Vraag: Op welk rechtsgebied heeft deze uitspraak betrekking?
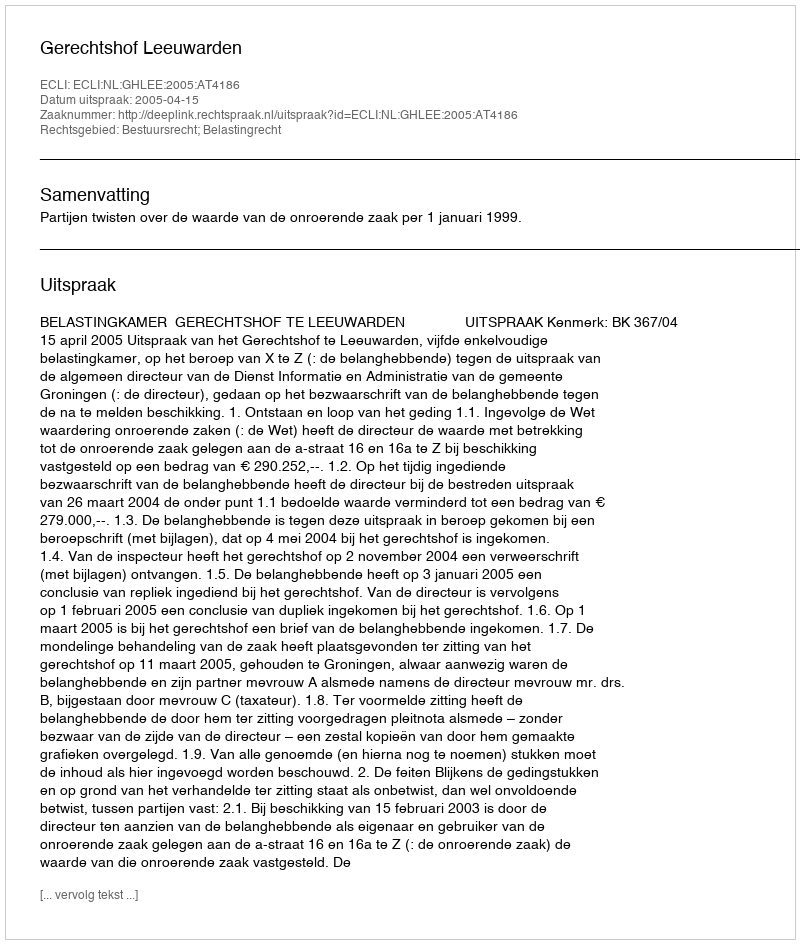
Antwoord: Bestuursrecht; Belastingrecht